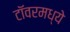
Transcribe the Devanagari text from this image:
टॉवरमध्ये